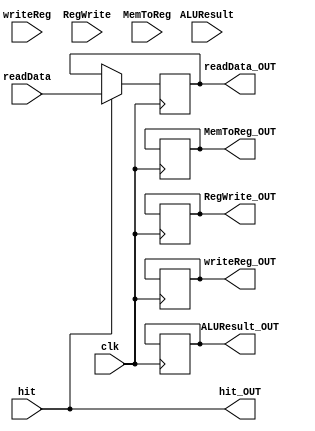
module MEM_WB #(localparam SIZE = 32)(
   input clk,
	input hit,
	input [SIZE-1:0] readData,
	input [SIZE-1:0] ALUResult,
	input [4:0] writeReg,
	input RegWrite,	
	input MemToReg,

	output hit_OUT,
	output reg [SIZE-1:0] readData_OUT = 0,
	output reg [SIZE-1:0] ALUResult_OUT = 0,
	output reg [4:0] writeReg_OUT = 0,
	output reg RegWrite_OUT = 0,
	output reg MemToReg_OUT = 0
    );

	assign hit_OUT = hit;
	
	always @ (negedge clk)
	begin
		if (hit)
		begin
			readData_OUT = readData;
			ALUResult_OUT = ALUResult_OUT;
			writeReg_OUT = writeReg_OUT;
			RegWrite_OUT = RegWrite_OUT;
			MemToReg_OUT = MemToReg_OUT;
		end
	end
endmodule